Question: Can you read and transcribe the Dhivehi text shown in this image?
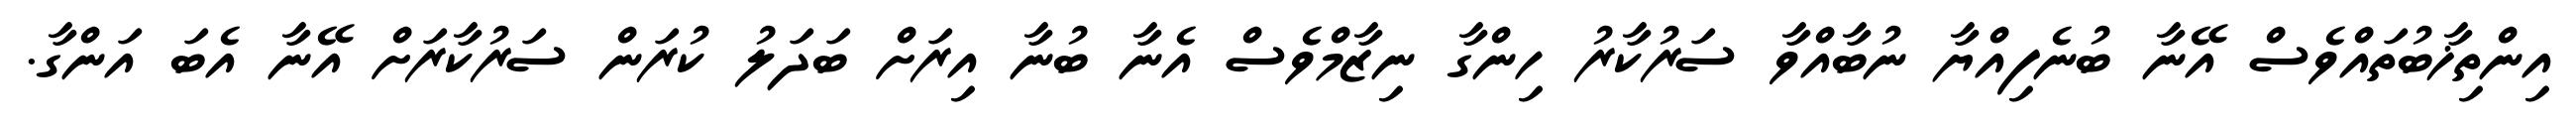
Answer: އިންތިޚާބުތައްވެސް އޭނާ ބުނެފިއްޔާ ނުބާއްވާ ސަރުކާރު ހިންގާ ނިޒާމްވެސް އެނާ ބުނާ އިރަށް ބަދަލު ކުރަން ސަރުކާރަށް އޭނާ އެބަ އަންގާ.